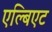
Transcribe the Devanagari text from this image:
एल्बिएट